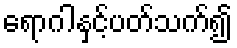
ရောဂါနှင့်ပတ်သက်၍